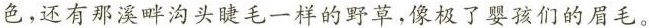
色，还有那溪畔沟头睫毛一样的野草，像极了婴孩们的眉毛。